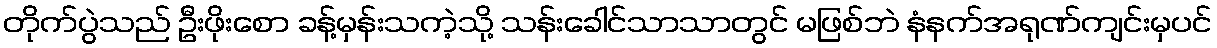
တိုက်ပွဲသည် ဦးဖိုးစော ခန့်မှန်းသကဲ့သို့ သန်းခေါင်သာသာတွင် မဖြစ်ဘဲ နံနက်အရုဏ်ကျင်းမှပင်